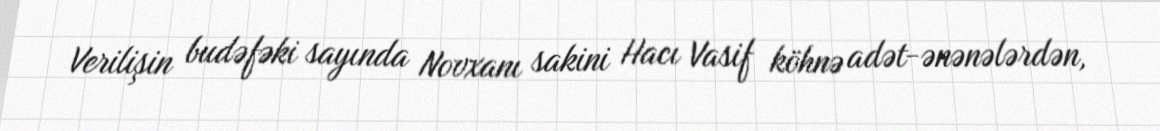
Verilişin budəfəki sayında Novxanı sakini Hacı Vasif köhnə adət-ənənələrdən,